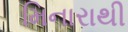
મિનારાથી